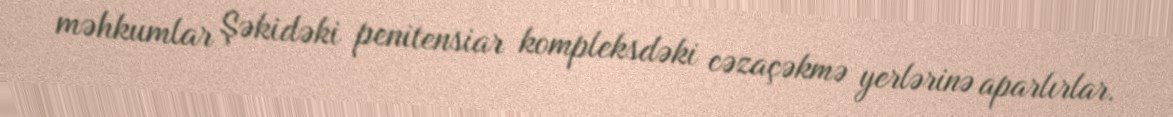
məhkumlar Şəkidəki penitensiar kompleksdəki cəzaçəkmə yerlərinə aparlırlar.